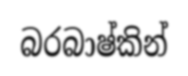
බරබාෂ්කින්